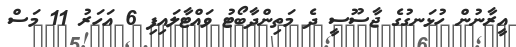
އީރާނުން ހުޅަނގުގެ ޖާސޫސީ ދެ މަތިންދާބޯޓު ވައްޓާލައިފި 6 އަހަރު 11 މަސް